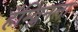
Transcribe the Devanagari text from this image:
हॅम्ब्लिनला